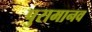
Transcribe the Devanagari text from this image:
पुरामानव